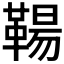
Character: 𩋬